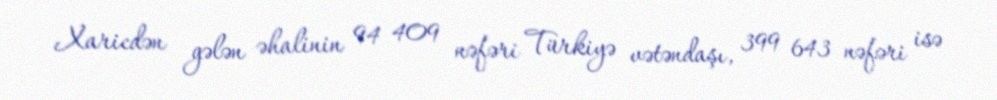
Xaricdən gələn əhalinin 94 409 nəfəri Türkiyə vətəndaşı, 399 643 nəfəri isə